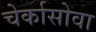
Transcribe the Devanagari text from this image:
चेर्कासोवा